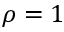
\rho = 1